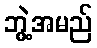
ဘွဲ့အမည်